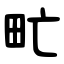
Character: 甿